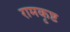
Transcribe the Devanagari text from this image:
रामकृष्ट